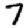
Digit: 7